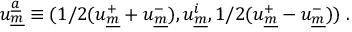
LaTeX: u _ { \underline { { { m } } } } ^ { \underline { { { a } } } } \equiv ( 1 / 2 ( u _ { \underline { { { m } } } } ^ { + } + u _ { \underline { { { m } } } } ^ { - } ) , u _ { \underline { { { m } } } } ^ { i } , 1 / 2 ( u _ { \underline { { { m } } } } ^ { + } - u _ { \underline { { { m } } } } ^ { - } ) ) \; .